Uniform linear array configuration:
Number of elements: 64
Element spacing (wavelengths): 1
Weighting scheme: cosine
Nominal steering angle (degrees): -15
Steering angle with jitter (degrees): -13.244
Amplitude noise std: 0.05
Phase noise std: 0.05

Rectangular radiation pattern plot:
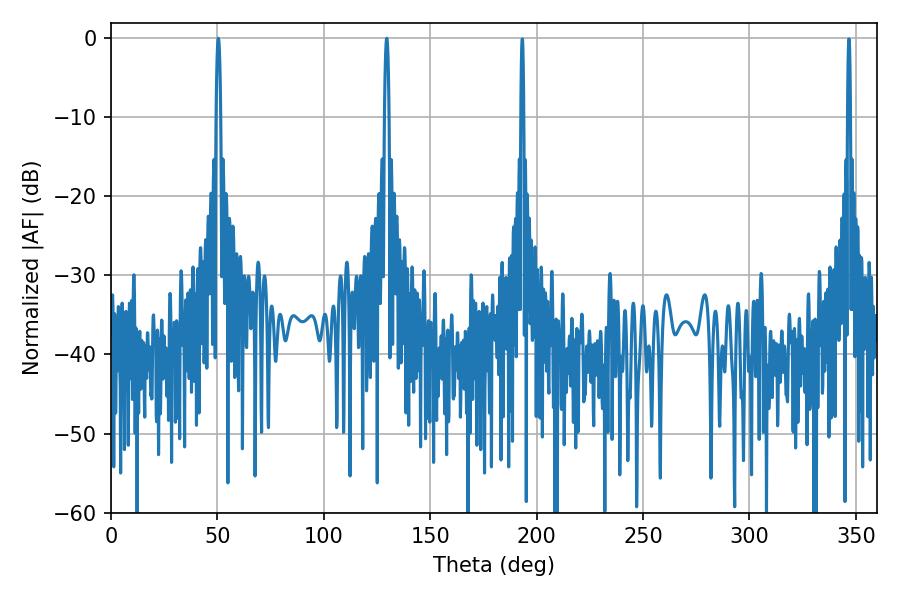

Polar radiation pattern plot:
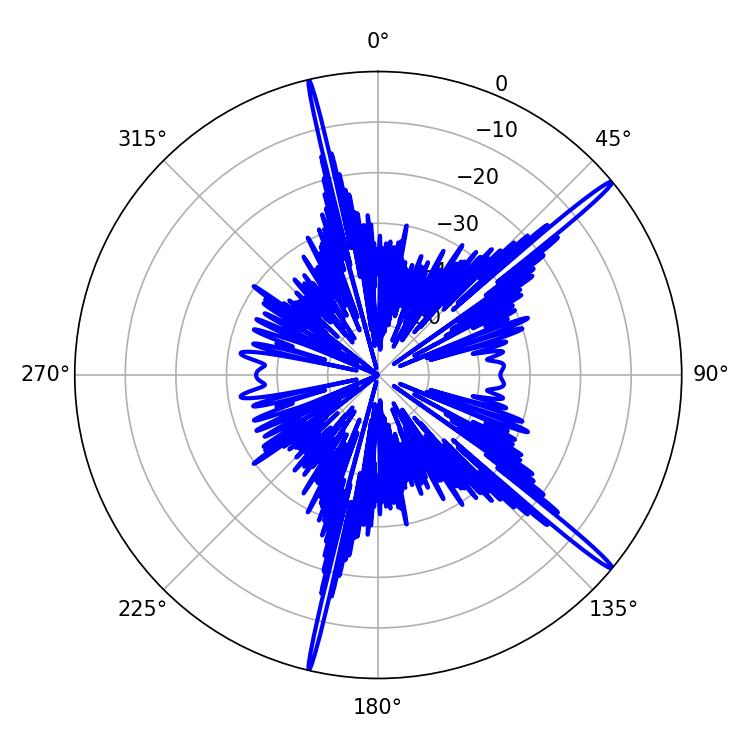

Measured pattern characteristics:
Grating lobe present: TRUE
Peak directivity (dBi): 18.139
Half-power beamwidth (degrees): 1.08
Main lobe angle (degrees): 50.4